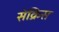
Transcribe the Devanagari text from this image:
सेक्रिस